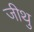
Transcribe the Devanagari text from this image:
जीथु